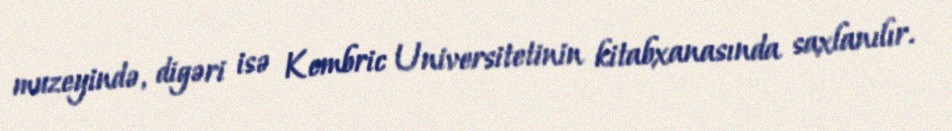
muzeyində, digəri isə Kembric Universitetinin kitabxanasında saxlanılır.